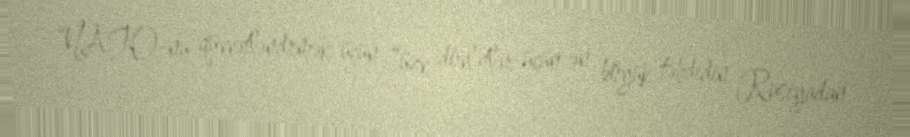
“NATO-nu qüvvətləndrmək üçün “üzv dövlətlər üçün ən böyük təhdidin Rusiyadan